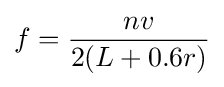
f={nv \over 2(L+0.6r)}